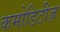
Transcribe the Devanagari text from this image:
कमोडिटीज़